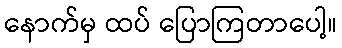
နောက်မှ ထပ် ပြောကြတာပေါ့။